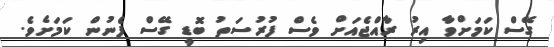
ގޭސް ކަމަށްވާ އިރު ރާއްޖެއަށް ވެސް ފުރުސަތު ބޮޑީ ގޭސް ފެނުން ކަމަށެވެ.